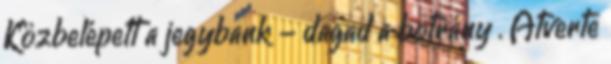
Közbelépett a jegybank - dagad a botrány . Átverte